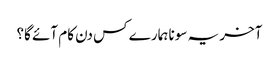
آخر یہ سونا ہمارے کس دن کام آئے گا؟